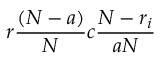
r \frac { ( N - a ) } { N } c \frac { N - r _ { i } } { a N }